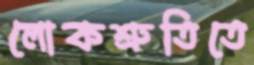
লোকশ্রুতিতে